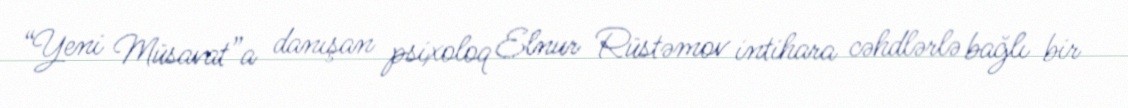
“Yeni Müsavat”a danışan psixoloq Elnur Rüstəmov intihara cəhdlərlə bağlı bir